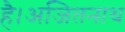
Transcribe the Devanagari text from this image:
है।अजितनाथ